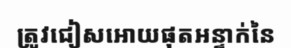
ត្រូវជៀសអោយផុតអន្ទាក់នៃ